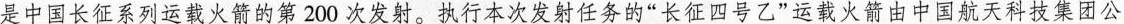
是中国长征系列运载火箭的第2 0 0次发射。执行本次发射任务的”长征四号乙“运载火箭由中国航天科技集团公